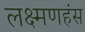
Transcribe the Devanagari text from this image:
लक्ष्मणहंस